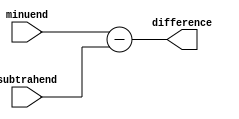
module structural_subtractor(
    input [7:0] minuend,
    input [7:0] subtrahend,
    output reg [7:0] difference
);

// Perform subtraction operation
assign difference = minuend - subtrahend;

endmodule